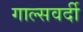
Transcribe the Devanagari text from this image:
गाल्‍सवर्दी